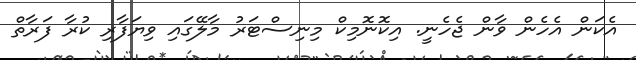
އެކަން އެހެން ވާން ޖެހެނީ. އިކޮނޮމިކް މިނިސްޓަރު މާލޭގައި ވިޔަފާރި ކުރާ ފަރާތް